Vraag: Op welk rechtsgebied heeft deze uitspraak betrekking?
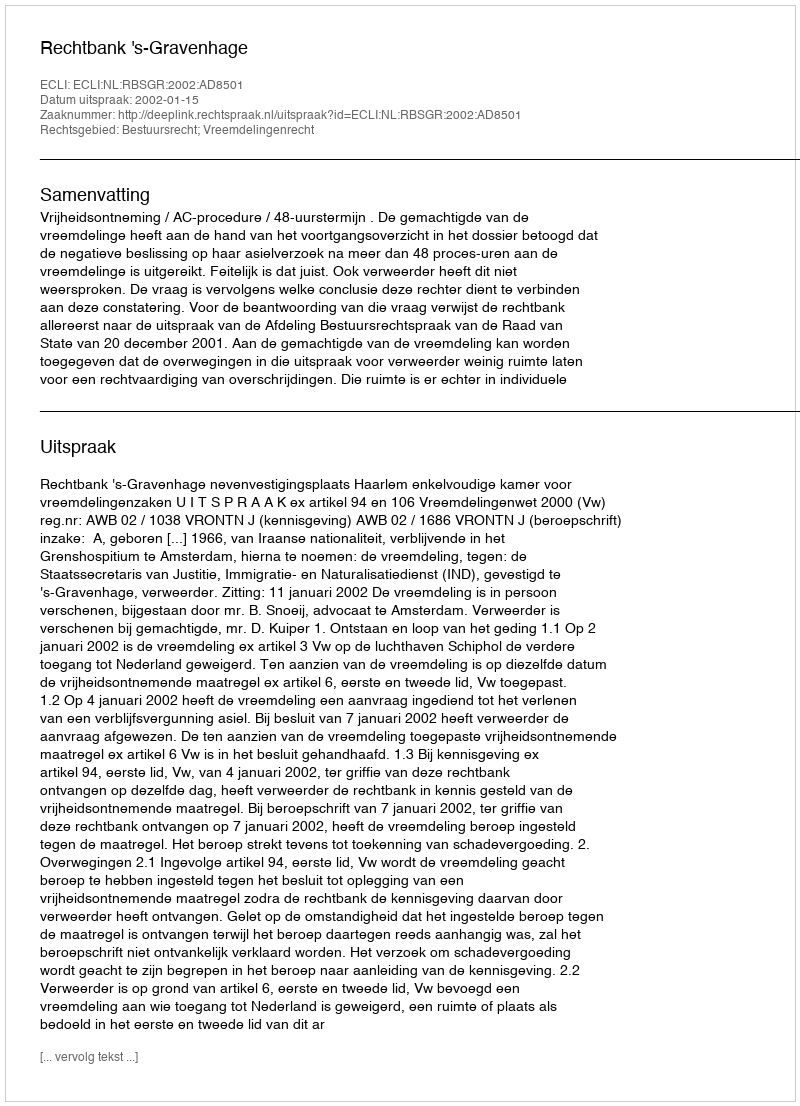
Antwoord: Bestuursrecht; Vreemdelingenrecht